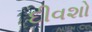
દીવશો